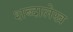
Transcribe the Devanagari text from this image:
शब्दालेख